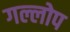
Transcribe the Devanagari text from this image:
गल्लोप